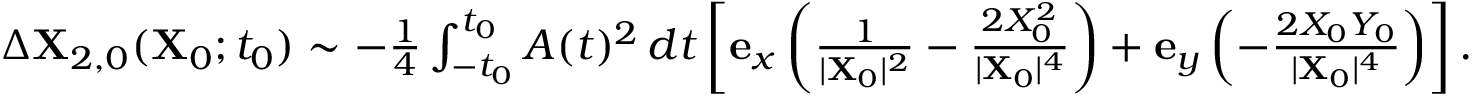
\begin{array} { r } { \Delta \mathbf { X } _ { 2 , 0 } ( \mathbf { X } _ { 0 } ; t _ { 0 } ) \sim - \frac { 1 } { 4 } \int _ { - t _ { 0 } } ^ { t _ { 0 } } A ( t ) ^ { 2 } \, d t \left[ \mathbf { e } _ { x } \left( \frac { 1 } { \vert \mathbf { X } _ { 0 } \vert ^ { 2 } } - \frac { 2 X _ { 0 } ^ { 2 } } { \vert \mathbf { X } _ { 0 } \vert ^ { 4 } } \right) + \mathbf { e } _ { y } \left( - \frac { 2 X _ { 0 } Y _ { 0 } } { \vert \mathbf { X } _ { 0 } \vert ^ { 4 } } \right) \right] . } \end{array}